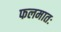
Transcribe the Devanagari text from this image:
फलमातः